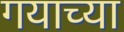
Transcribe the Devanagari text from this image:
गयाच्या